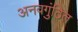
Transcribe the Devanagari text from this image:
अनवगुंठित